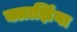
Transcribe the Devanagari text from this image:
क्लाझिंगा